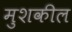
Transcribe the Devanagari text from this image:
मुशकील